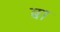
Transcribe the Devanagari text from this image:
ब१